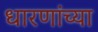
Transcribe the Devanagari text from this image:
धारणांच्या